Annual report of the Punjab Veterinary College and of the Civil Veterinary Department, Punjab - 1926-1932
Year: 1926
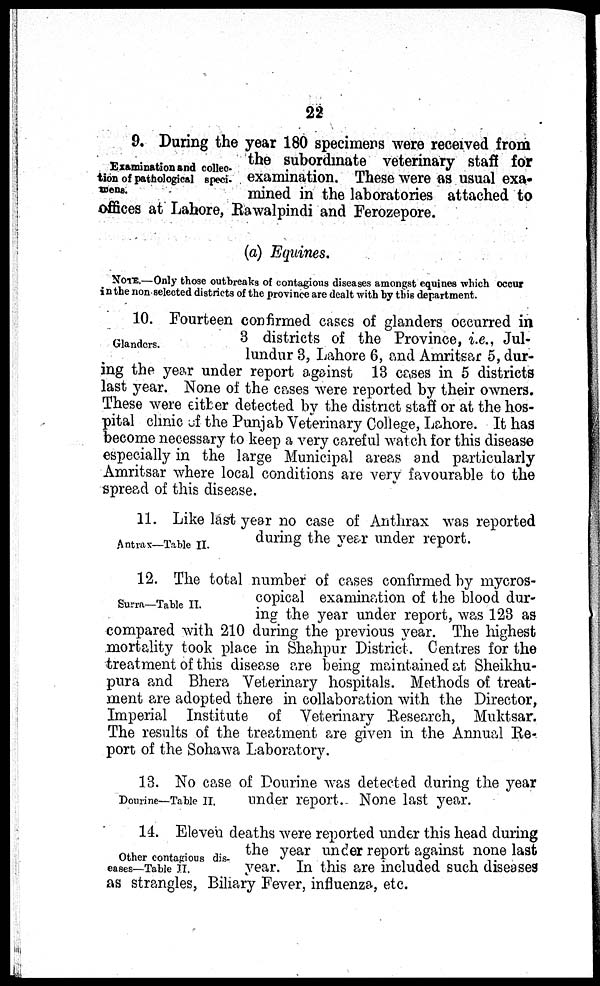
22
Examination and collec-
tion of pathological speci-
mens.
9. During the year 180 specimens were received from
the subordinate veterinary staff for
examination. These were as usual exa-
mined in the laboratories attached to
offices at Lahore, Rawalpindi and Ferozepore.
(a) Equines.
NOTE.—Only those outbreaks of contagious diseases amongst equines which occur
in the non selected districts of the province are dealt with by this department.
Glanders.
10. Fourteen confirmed cases of glanders occurred in
3 districts of the Province, i.e., Jul-
lundur 3, Lahore 6, and Amritsar 5, dur-
ing the year under report against 13 cases in 5 districts
last year. None of the cases were reported by their owners.
These were either detected by the district staff or at the hos-
pital clinic of the Punjab Veterinary College, Lahore. It has
become necessary to keep a very careful watch for this disease
especially in the large Municipal areas and particularly
Amritsar where local conditions are very favourable to the
spread of this disease.
Antrax—Table II.
11. Like last year no case of Anthrax was reported
during the year under report.
Surra—Table II.
12. The total number of cases confirmed by mycros-
copical examination of the blood dur-
ing the year under report, was 123 as
compared with 210 during the previous year. The highest
mortality took place in Shahpur District. Centres for the
treatment of this disease are being maintained at Sheikhu-
pura and Bhera Veterinary hospitals. Methods of. treat-
ment are adopted there in collaboration with the Director,
Imperial Institute of Veterinary Research, Muktsar.
The results of the treatment are given in the Annual Re-
port of the Sohawa Laboratory.
Dourine—Table II.
13. No case of Dourine was detected during the year
under report. None last year.
Other contagious dis-
eases—Table II.
14. Eleven deaths were reported under this head during
the year under report against none last
year. In this are included such diseases
as strangles, Biliary Fever, influenza, etc.